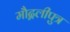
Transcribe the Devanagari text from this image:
मौद्गलीपुत्र